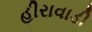
હીરાવાડી